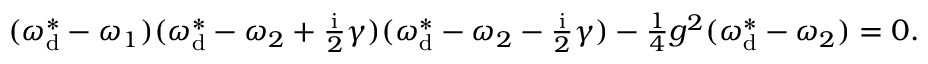
\begin{array} { r } { ( \omega _ { \mathrm { d } } ^ { * } - \omega _ { 1 } ) ( \omega _ { \mathrm { d } } ^ { * } - \omega _ { 2 } + \frac { \mathrm { i } } { 2 } \gamma ) ( \omega _ { \mathrm { d } } ^ { * } - \omega _ { 2 } - \frac { \mathrm { i } } { 2 } \gamma ) - \frac { 1 } { 4 } g ^ { 2 } ( \omega _ { \mathrm { d } } ^ { * } - \omega _ { 2 } ) = 0 . } \end{array}